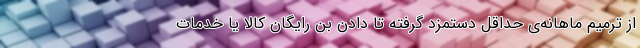
از ترمیم ماهانه‌ی حداقل دستمزد گرفته تا دادن بن رایگان کالا یا خدمات